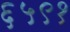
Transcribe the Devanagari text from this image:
६५९१